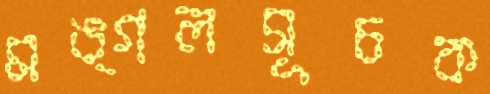
মঙ্গলসূচক